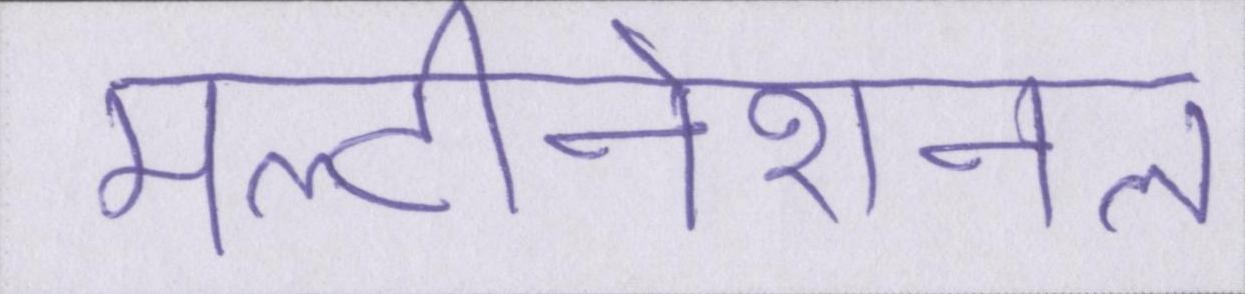
मल्टीनेशनल